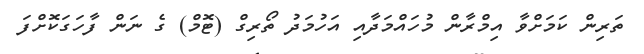
ތަރިން ކަމަށްވާ އިމްރާން މުހައްމަދާއި އަހުމަދު ތޯރިގް (ޓޮމް) ގެ ނަން ފާހަގަކޮށްފަ